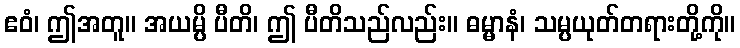
ဧဝံ၊ ဤအတူ။ အယမ္ပိ ပီတိ၊ ဤ ပီတိသည်လည်း။ ဓမ္မာနံ၊ သမ္ပယုတ်တရားတို့ကို။